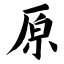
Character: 原